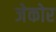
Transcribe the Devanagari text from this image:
जेकोर